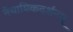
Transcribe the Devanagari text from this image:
नैयायिकदर्शनम्